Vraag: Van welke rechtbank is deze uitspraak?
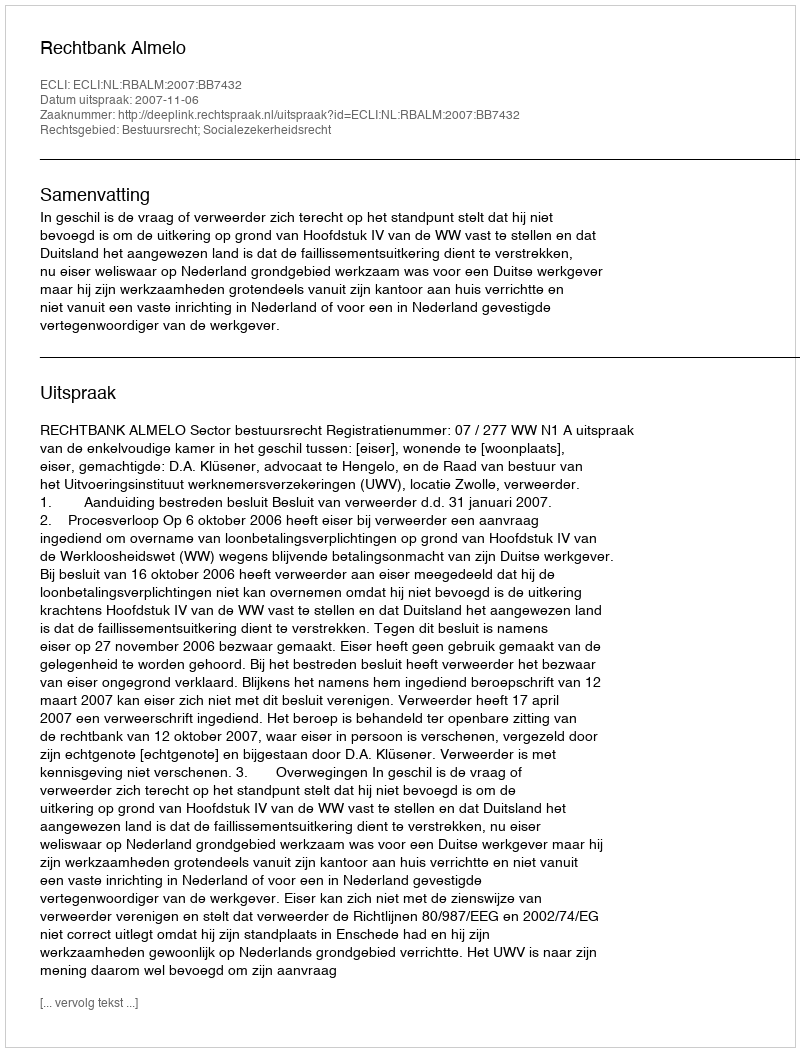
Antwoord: Rechtbank Almelo